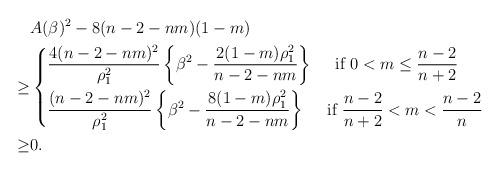
LaTeX: \begin{align*}&A(\beta)^2-8(n-2-nm)(1-m)\\\ge&\left\{\begin{aligned}&\frac{4(n-2-nm)^2}{\rho_1^2}\left\{\beta^2-\frac{2(1-m)\rho_1^2}{n-2-nm}\right\}\quad\mbox{ if }0<m\le\frac{n-2}{n+2}\\&\frac{(n-2-nm)^2}{\rho_1^2}\left\{\beta^2-\frac{8(1-m)\rho_1^2}{n-2-nm}\right\}\quad\mbox{ if }\frac{n-2}{n+2}<m<\frac{n-2}{n}\end{aligned}\right.\\\ge&0.\end{align*}